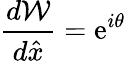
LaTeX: {\frac{d{\cal W}}{d\hat{x}}}=\mathrm{e}^{i\theta}